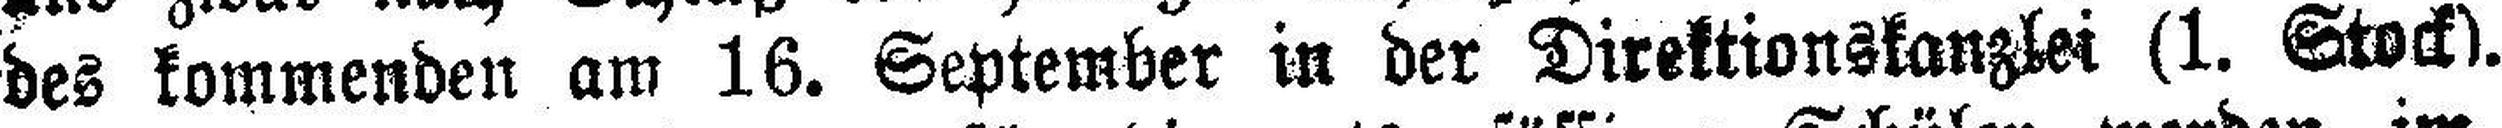
des kommenden am 16. September in der Direktionskanzlei (1. Stock).